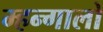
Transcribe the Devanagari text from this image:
म्हन्गालो